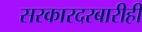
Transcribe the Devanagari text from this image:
सरकारदरबारीही